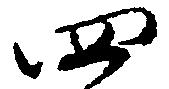
四